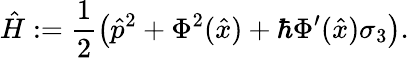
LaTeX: \hat{H}:=\frac{1}{2}\left(\hat{p}^{2}+\Phi^{2}(\hat{x})+\hbar\Phi^{\prime}(\hat{x})\sigma_{3}\right).